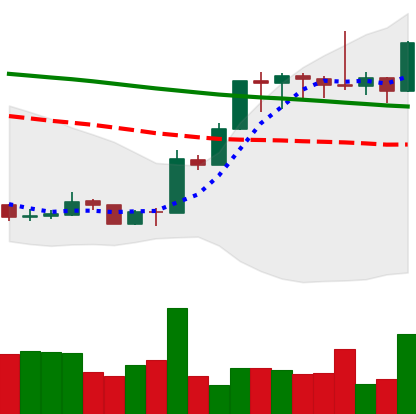
Ticker: XMR-USD
Chart end date: 2020-01-14
Forward return: 3.668%
Label: up_3_5